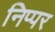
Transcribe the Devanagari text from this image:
निप्पर